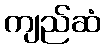
ကျည်ဆံ